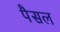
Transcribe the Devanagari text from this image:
पैसल